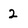
Character: 2